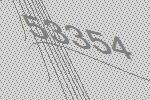
53354